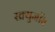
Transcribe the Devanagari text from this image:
स्क्र्युजॉब